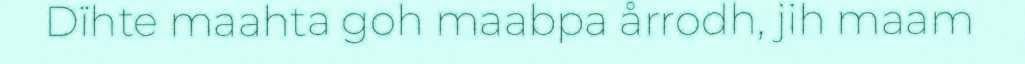
Dïhte maahta goh maabpa årrodh, jih maam